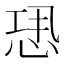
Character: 𢙷